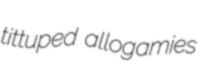
tittuped allogamies